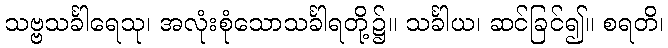
သဗ္ဗသင်္ခါရေသု၊ အလုံးစုံသောသင်္ခါရတို့၌။ သင်္ခါယ၊ ဆင်ခြင်၍။ စရတိ၊